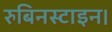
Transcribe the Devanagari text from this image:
रुबिनस्टाइन।